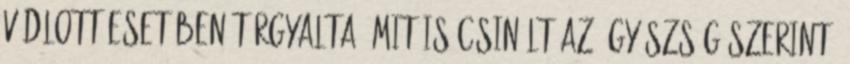
vádlott esetében tárgyalta, mit is csinált az ügyészség szerint.